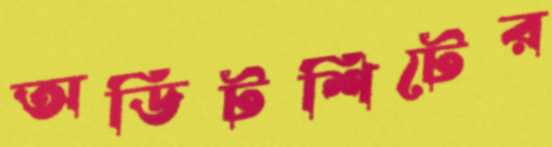
অডিটশিটের